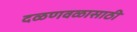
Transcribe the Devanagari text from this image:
दळणवळासाठी